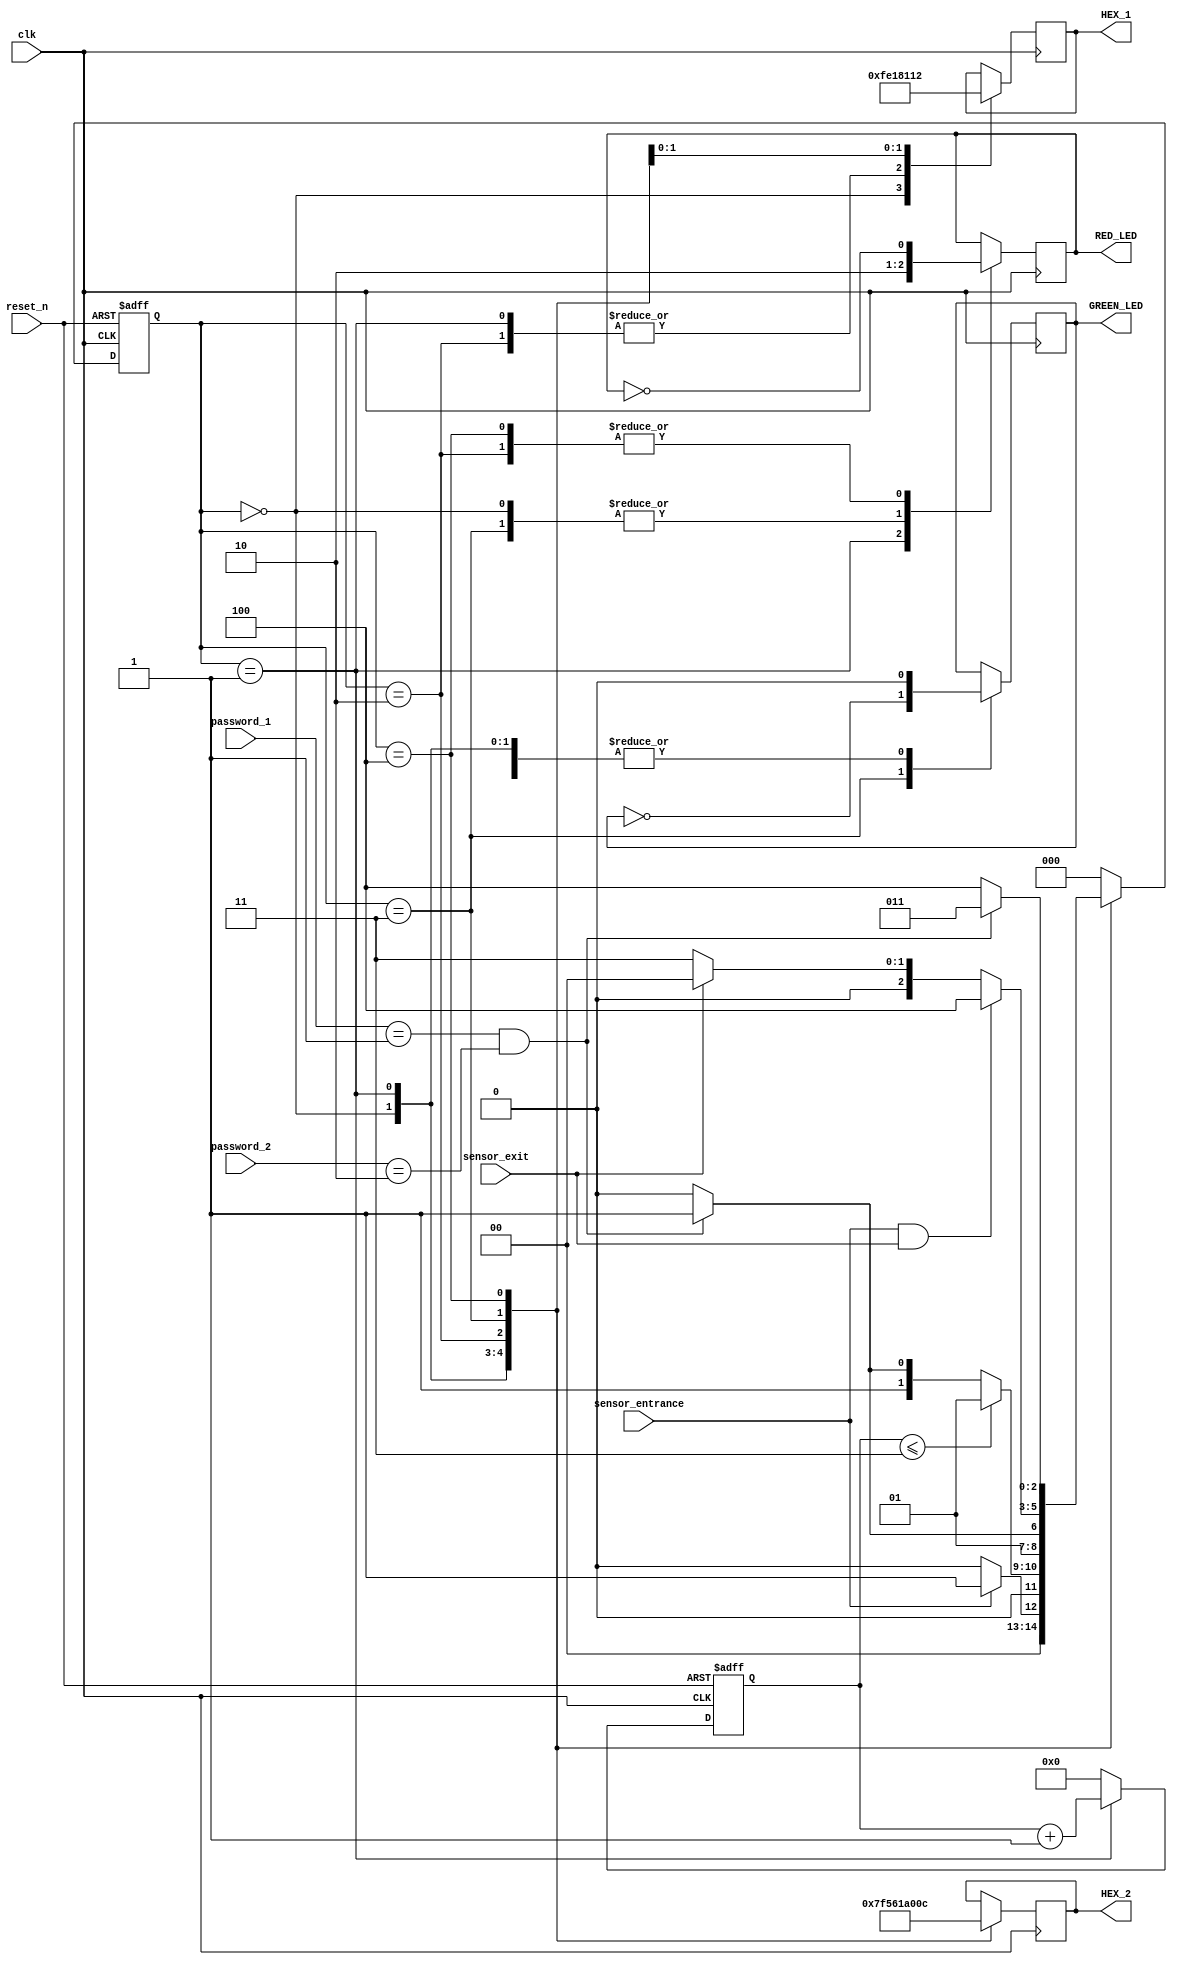
`timescale 1ns / 1ps
//////////////////////////////////////////////////////////////////////////////////
// Company: 
// Engineer: 
// 
// Design Name: 
// Module Name:    parkingsystem 
// Project Name: 
// Target Devices: 
// Tool versions: 
// Description: 
//
// Dependencies: 
//
// Revision: 
// Revision 0.01 - File Created
// Additional Comments: 
//
//////////////////////////////////////////////////////////////////////////////////
module parking_system( 
 input clk,reset_n,
 input sensor_entrance, sensor_exit, 
 input [1:0] password_1, password_2,
 output wire GREEN_LED,RED_LED,
 output reg [6:0] HEX_1, HEX_2
    );
 parameter IDLE = 3'b000, WAIT_PASSWORD = 3'b001, WRONG_PASS = 3'b010, RIGHT_PASS = 3'b011,STOP = 3'b100;
 
 reg[2:0] current_state, next_state;
 reg[31:0] counter_wait;
 reg red_tmp,green_tmp;

 always @(posedge clk or negedge reset_n)
 begin
 if(~reset_n) 
 current_state = IDLE;
 else
 current_state = next_state;
 end

 always @(posedge clk or negedge reset_n) 
 begin
 if(~reset_n) 
 counter_wait <= 0;
 else if(current_state==WAIT_PASSWORD)
 counter_wait <= counter_wait + 1;
 else 
 counter_wait <= 0;
 end
 
 always @(*)
 begin
 case(current_state)
 IDLE: begin
         if(sensor_entrance == 1)
 next_state = WAIT_PASSWORD;
 else
 next_state = IDLE;
 end
 WAIT_PASSWORD: begin
 if(counter_wait <= 3)
 next_state = WAIT_PASSWORD;
 else 
 begin
 if((password_1==2'b01)&&(password_2==2'b10))
 next_state = RIGHT_PASS;
 else
 next_state = WRONG_PASS;
 end
 end
 WRONG_PASS: begin
 if((password_1==2'b01)&&(password_2==2'b10))
 next_state = RIGHT_PASS;
 else
 next_state = WRONG_PASS;
 end
 RIGHT_PASS: begin
 if(sensor_entrance==1 && sensor_exit == 1)
 next_state = STOP;
 else if(sensor_exit == 1)
 next_state = IDLE;
 else
 next_state = RIGHT_PASS;
 end
 STOP: begin
 if((password_1==2'b01)&&(password_2==2'b10))
 next_state = RIGHT_PASS;
 else
 next_state = STOP;
 end
 default: next_state = IDLE;
 endcase
 end
 
 always @(posedge clk) begin 
 case(current_state)
 IDLE: begin
 green_tmp = 1'b0;
 red_tmp = 1'b0;
 HEX_1 = 7'b1111111; 
 HEX_2 = 7'b1111111; 
 end
 WAIT_PASSWORD: begin
 green_tmp = 1'b0;
 red_tmp = 1'b1;
 HEX_1 = 7'b000_0110; 
 HEX_2 = 7'b010_1011; 
 end
 WRONG_PASS: begin
 green_tmp = 1'b0;
 red_tmp = ~red_tmp;
 HEX_1 = 7'b000_0110; 
 HEX_2 = 7'b000_0110;  
 end
 RIGHT_PASS: begin
 green_tmp = ~green_tmp;
 red_tmp = 1'b0;
 HEX_1 = 7'b000_0010; 
 HEX_2 = 7'b100_0000; 
 end
 STOP: begin
 green_tmp = 1'b0;
 red_tmp = ~red_tmp;
 HEX_1 = 7'b001_0010; 
 HEX_2 = 7'b000_1100;  
 end
 endcase
 end
 assign RED_LED = red_tmp  ;
 assign GREEN_LED = green_tmp;

endmodule